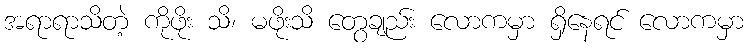
အရာရာသိတဲ့ ကိုဖိုး သိ၊ မဖိုးသိ တွေချည်း လောကမှာ ရှိနေရင် လောကမှာ